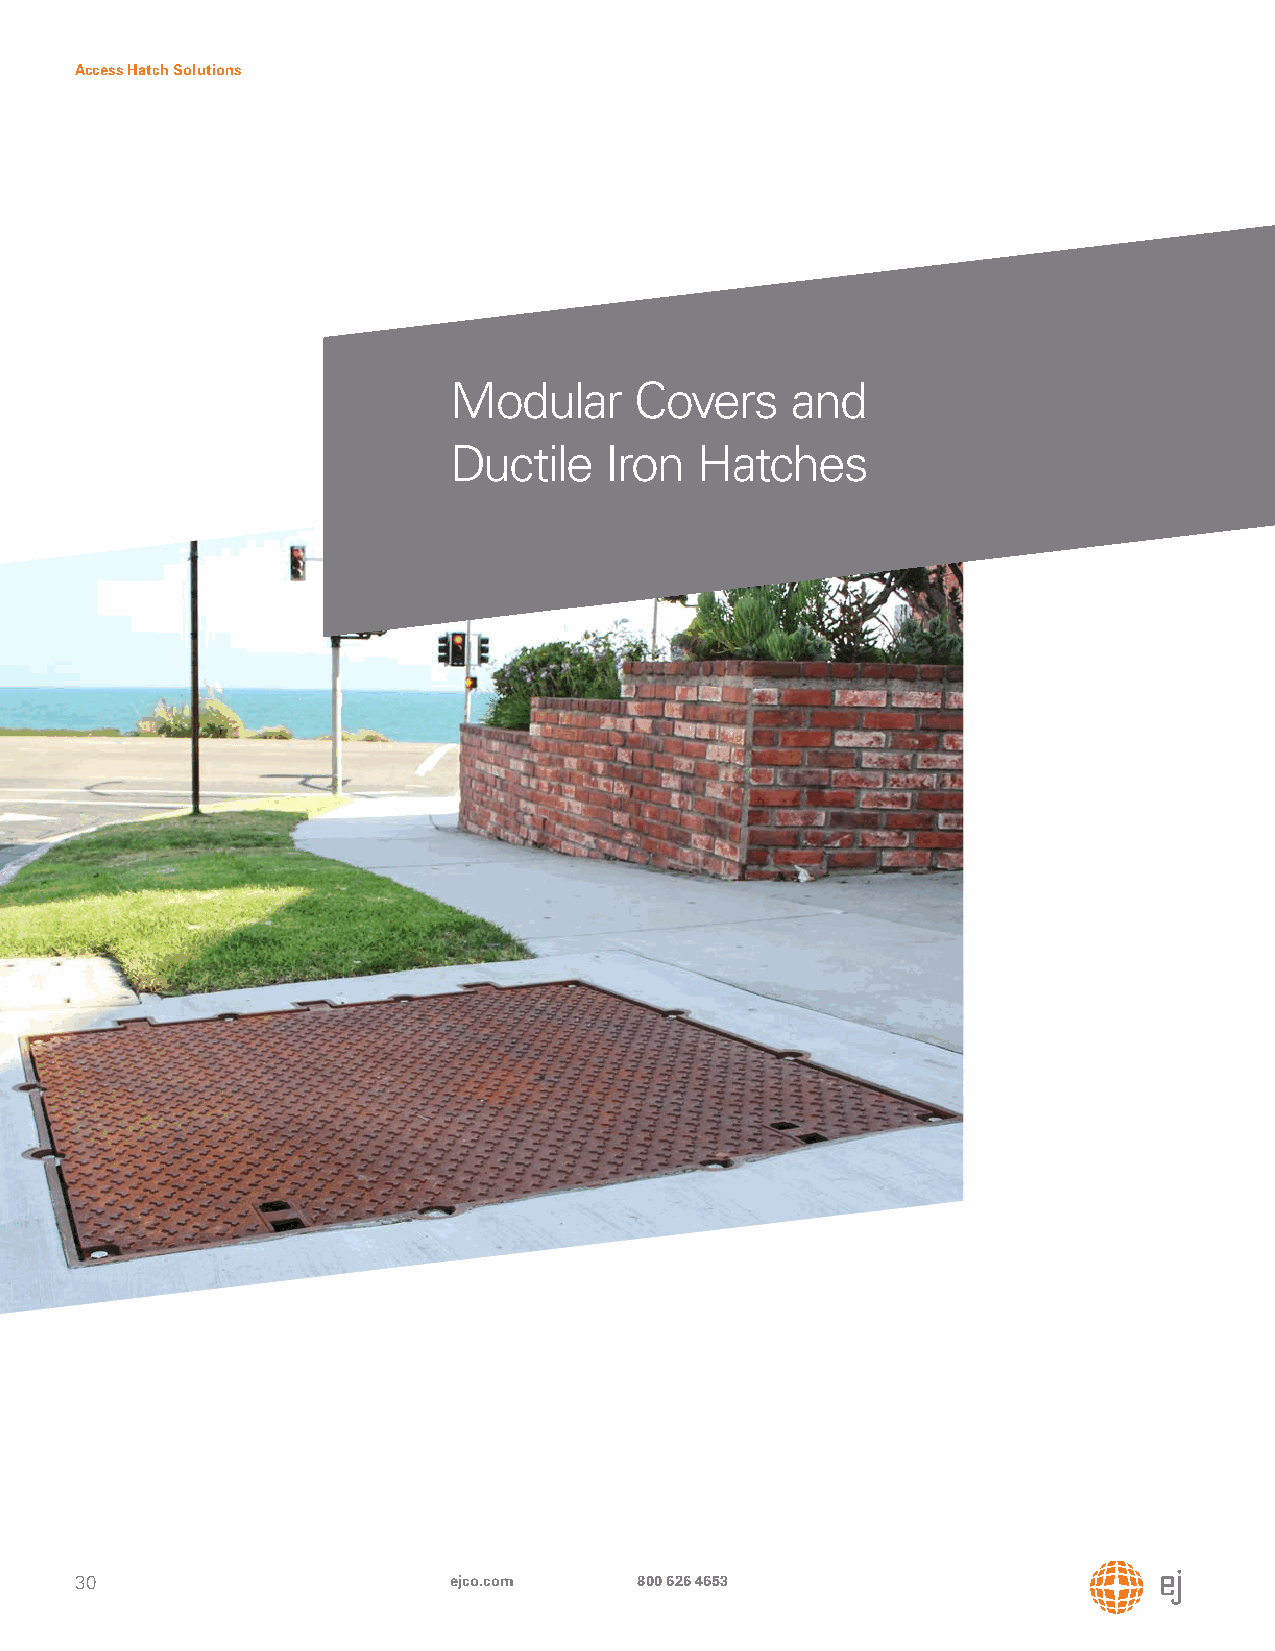
Access Hatch Solutions
 Modular     Covers    and
 Ductile   Iron  Hatches
 30                       ejco.com    800 626 4653